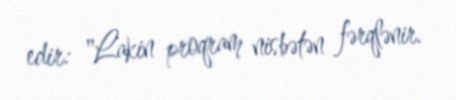
edir: "Lakin proqram nisbətən fərqlənir.